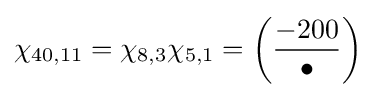
\chi _{40,11}=\chi _{8,3}\chi _{5,1}=\left({\frac {-200}{\bullet }}\right)